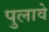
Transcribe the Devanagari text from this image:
पुलावे